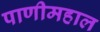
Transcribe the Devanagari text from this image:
पाणीमहाल